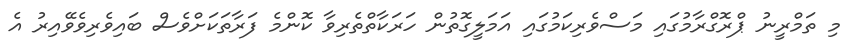
މި ތަމްރީނު ޕްރޮގްރާމުގައި މަސްވެރިކަމުގައި އަމަލީގޮތުން ހަރަކާތްތެރިވާ ކޮންމެ ފަރާތަކަށްވެސް ބައިވެރިވެވޭއިރު އެ